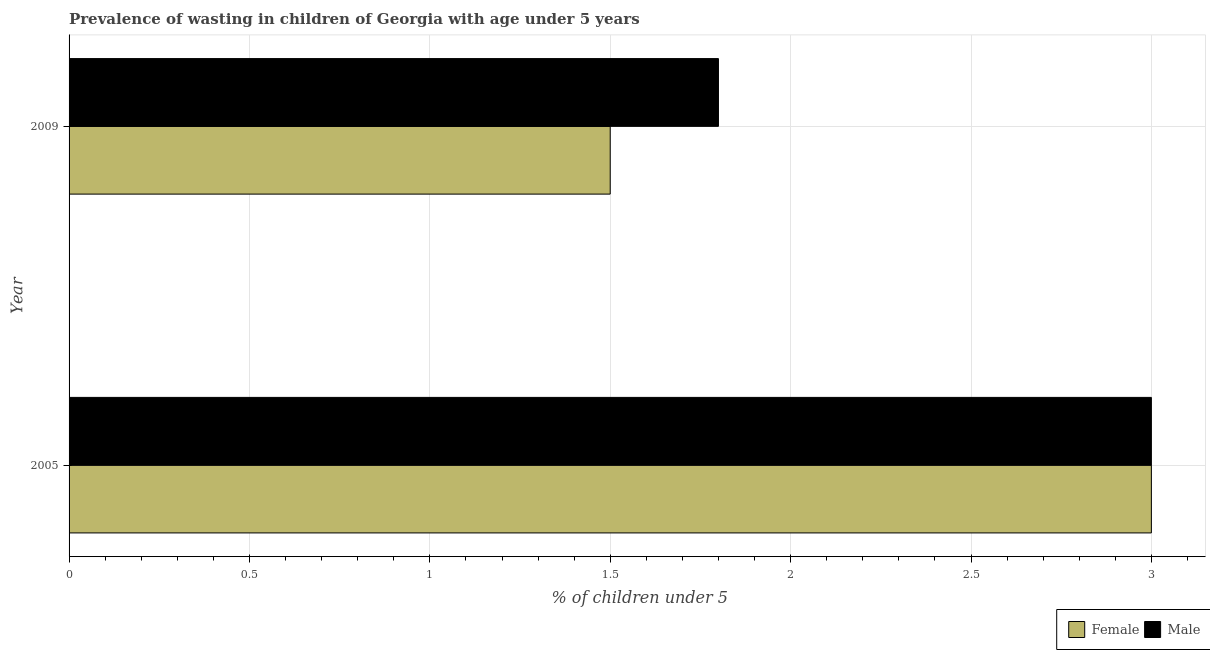
| Year | Female | Male |
 | --- | --- | --- |
 | 2005 | 3 | 3 |
 | 2009 | 1.5 | 1.8 |